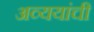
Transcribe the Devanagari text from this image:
अव्ययांची